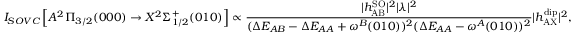
I _ { S O V C } \left[ A ^ { 2 } \Pi _ { 3 / 2 } ( 0 0 0 ) \rightarrow X ^ { 2 } \Sigma _ { 1 / 2 } ^ { + } ( 0 1 0 ) \right] \propto \frac { | h _ { \mathrm { A B } } ^ { \mathrm { S O } } | ^ { 2 } | \lambda | ^ { 2 } } { ( \Delta E _ { A B } - \Delta E _ { A A } + \omega ^ { B } ( 0 1 0 ) ) ^ { 2 } ( \Delta E _ { A A } - \omega ^ { A } ( 0 1 0 ) ) ^ { 2 } } | h _ { \mathrm { A X } } ^ { \mathrm { d i p } } | ^ { 2 } ,